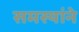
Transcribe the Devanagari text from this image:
समस्यांने